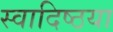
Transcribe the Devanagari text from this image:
स्वादिष्ठया